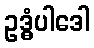
ဥဒ္ဓံပါဒေါ